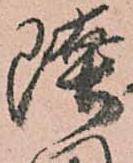
陸